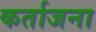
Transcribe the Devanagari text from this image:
कर्ताजना